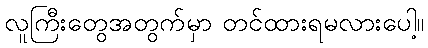
လူကြီးတွေအတွက်မှာ တင်ထားရမလားပေါ့။